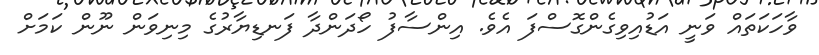
ވާހަކަތައް ވަނީ އަޑުއިވިގެންގޮސްފަ އެވެ. އިންސާފު ހޯދަންދާ ފަނޑިޔާރުގެ މިނިވަން ނޫން ކަމަށް